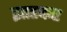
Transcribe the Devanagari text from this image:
झाडकर